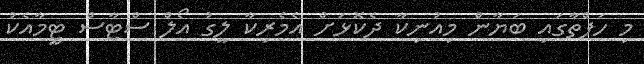
މި ހަފްތާގައި ބަޔާން މިއުނިކާ ދެކޮޅަށް އެމެރިކާ ލީގު އޯލް ސްޓާސް ޓީމާއެކު